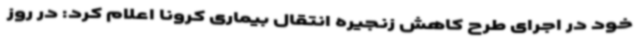
خود در اجرای طرح کاهش زنجیره انتقال بیماری کرونا اعلام کرد: در روز